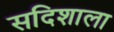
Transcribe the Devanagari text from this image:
सदिशाला